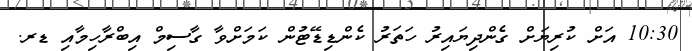
10:30 އަށް ކުރިޔަށް ގެންދިޔައިރު ހަތަރު ކެންޑިޑޭޓުން ކަމަށްވާ ގާސިމް އިބްރާހިމާއި ޑރ.